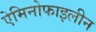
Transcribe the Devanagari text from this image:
ऐमिनोफाइलीन